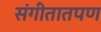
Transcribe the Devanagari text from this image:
संगीतातपण